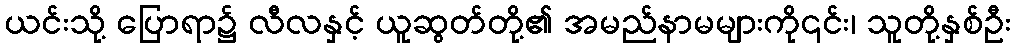
ယင်းသို့ ပြောရာ၌ လီလနှင့် ယူဆွတ်တို့၏ အမည်နာမများကို၎င်း၊ သူတို့နှစ်ဦး